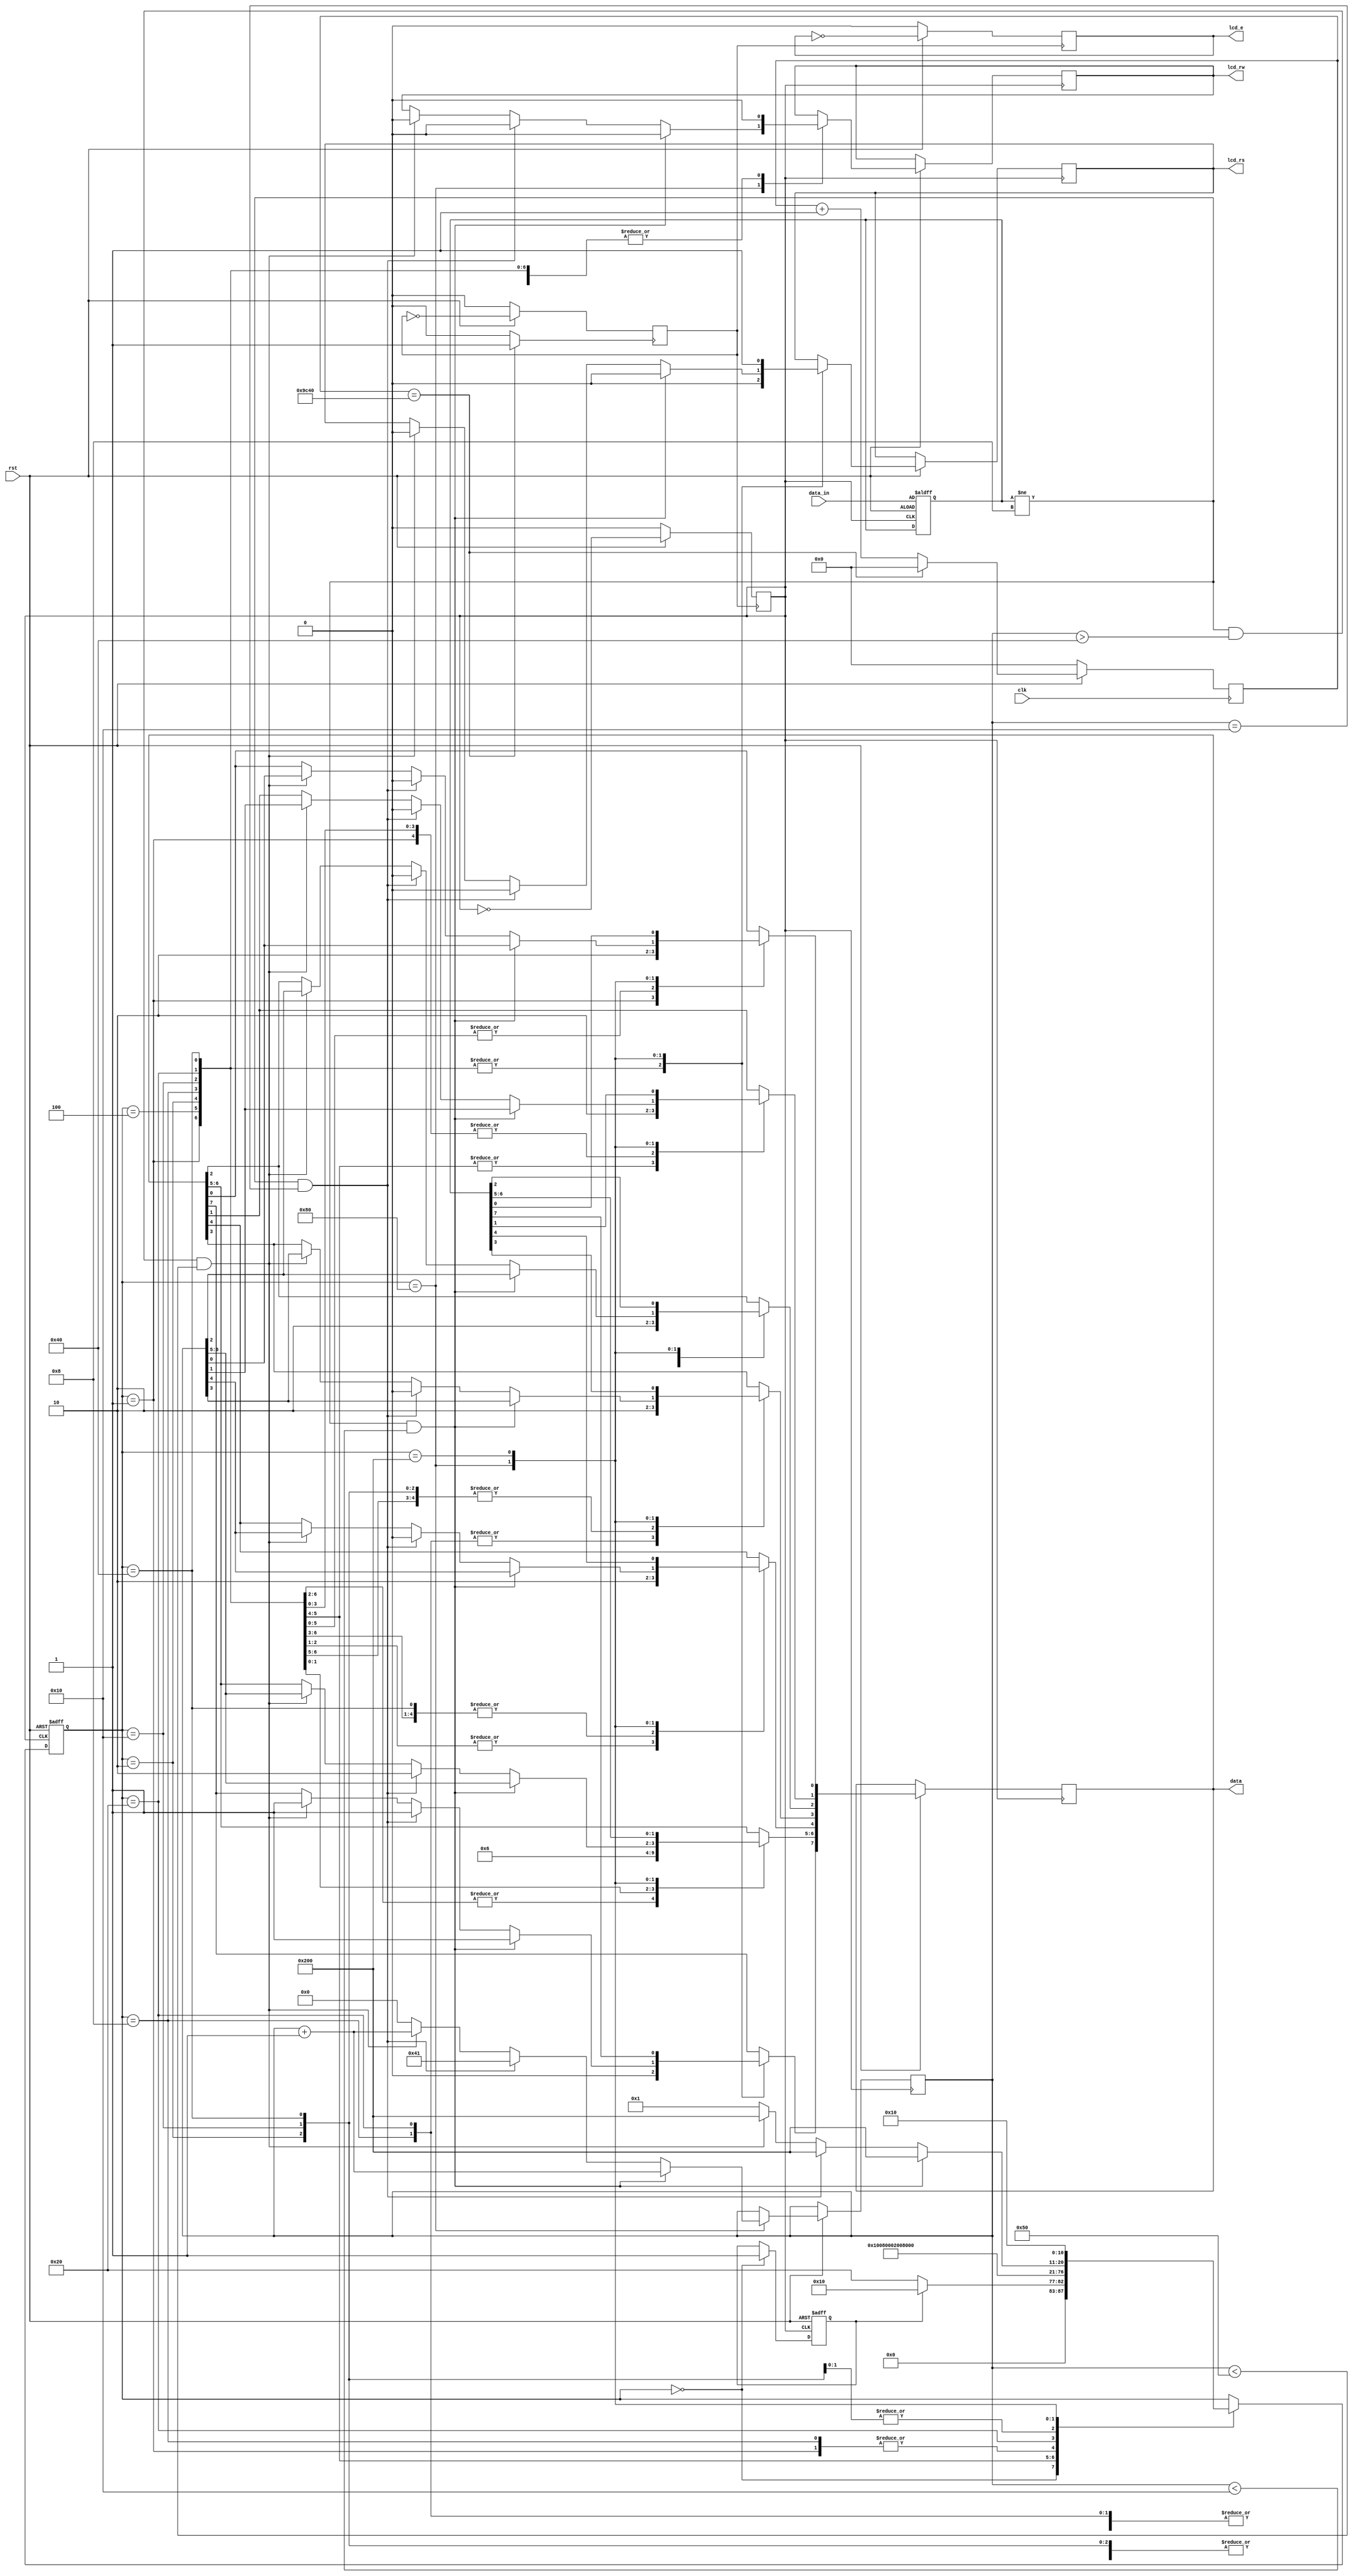
module lcd(
  clk,
  rst,
  data_in,
  lcd_e,
  lcd_rw,
  lcd_rs,
  data
);
  input clk,rst;
  input [7:0] data_in;
  output lcd_e,lcd_rw,lcd_rs;
  output [7:0] data;
  reg lcd_e,lcd_rw,lcd_rs;
  reg [7:0] data,data_in_buf;
  
  reg [10:0] state;
  reg flag;
  reg [6:0] count;
  	
  parameter IDLE          =11'b00000000000;
  parameter CLEAR         =11'b00000000001;
  parameter RETURNCURSOR  =11'b00000000010;
  parameter SETMODE       =11'b00000000100;		
  parameter SWITCHMODE    =11'b00000001000;		
  parameter SHIFT         =11'b00000010000;		
  parameter SETFUNCTION   =11'b00000100000;		
  parameter SETCGRAM      =11'b00001000000;
  parameter SETDDRAM      =11'b00010000000;
  parameter READFLAG      =11'b00100000000;
  parameter WRITERAM      =11'b01000000000;
  parameter READRAM       =11'b10000000000;
  parameter cur_inc       =1;
  parameter cur_dec       =0;
  parameter cur_shift     =1;
  parameter cur_noshift   =0;
  parameter open_display  =1;
  parameter open_cur      =0;
  parameter blank_cur     =0;
  parameter shift_display =1;
  parameter shift_cur     =0;
  parameter right_shift   =1;
  parameter left_shift    =0;
  parameter datawidth8    =1;
  parameter datawidth4    =0;
  parameter twoline       =1;
  parameter oneline       =0;
  parameter font5x10      =1;
  parameter font5x7       =0;
  
	
  reg [15:0] clkcnt;
	
  always @ (posedge clk)
    if(!rst)
      clkcnt<=16'b0000_0000_0000_0000;
    else
      begin
        if(clkcnt==16'b1001_1100_0100_0000)
          clkcnt<=16'b0000_0000_0000_0000;
        else 
          clkcnt<=clkcnt+1;
      end
  
  wire tc_clkcnt;
  assign tc_clkcnt=(clkcnt==16'b1001_1100_0100_0000)?1:0;
  
  reg clkdiv;
  always @ (posedge tc_clkcnt)
    if(!rst)
      clkdiv<=0;
    else
      clkdiv<=~clkdiv;
  
  reg clk_int;
  always @ (posedge clkdiv)
    if(rst==0)
      clk_int<=0;
    else
      clk_int<=~clk_int;
  
  always @ (negedge clkdiv)
    if(rst==0)
      lcd_e<=0;
    else
      lcd_e<=~lcd_e;
  
	
  always @ (posedge clk_int or negedge rst)
    if(!rst)
      begin
        state<=IDLE;
        flag<=0;
        data_in_buf<=data_in;
      end
    else
      begin
        case(state)
          IDLE:
            begin
              if(flag==0)
                begin
                  state<=SETFUNCTION;
                  flag<=1;
                end
              else
                state<=SHIFT;
            end
          CLEAR:
            begin 
              lcd_rs<=0;
              lcd_rw<=0;
              data<=8'b0000_0001;
              state<=SETMODE;
            end  
          SETMODE:
            begin 
              lcd_rs<=0;
              lcd_rw<=0;
              data[7:2]<=6'b000001;
              data[1]<=cur_inc;
              data[0]<=cur_noshift;
              state<=SETDDRAM;
            end
          RETURNCURSOR: 
            begin
              lcd_rs<=0;
              lcd_rw<=0;
              data<=8'b00000010;
              state<=WRITERAM;
            end
          SWITCHMODE:
            begin
              lcd_rs<=0;
              lcd_rw<=0;
              data[7:3]<=5'b00001;
              data[2]<=open_display;
              data[1]<=open_cur;
              data[0]<=blank_cur;
              state<=SETMODE;
            end
          SHIFT:
            begin 
              lcd_rs<=0;
              lcd_rw<=0;
              data[7:4]<=4'b0001;
              data[3]<=shift_cur;
              data[2]<=left_shift;
              data[1:0]<=2'b00;
              state<=IDLE;
            end
          SETFUNCTION:
            begin
              lcd_rs<=0;
              lcd_rw<=0;
              data[7:5]<=3'b001;
              data[4]<=datawidth8;
              data[3]<=twoline;
              data[2]<=font5x10;
              data[1:0]<=2'b00;
              state<=SWITCHMODE;
            end
          SETCGRAM:
            begin
              lcd_rs<=0;
              lcd_rw<=0;
              data<=8'b01000000;
              state<=IDLE;
            end
          SETDDRAM:
            begin
              if(data_in_buf!=8'b0000_1000&&count<7'b001_0000)
                begin 
                  lcd_rs<=0;
                  lcd_rw<=0;
                  data[7]<=1;
                  data[6:0]<=count;
                  count<=count+1;
                  state<=WRITERAM;
                end
              else if (data_in_buf!=8'b0000_1000&&count==7'b001_0000)
                begin 
                  lcd_rs<=0;
                  lcd_rw<=0;
                  data[7]<=1;
                  data[6:0]<=7'b100_0000;
                  count<=7'b100_0001;
                  state<=WRITERAM;
                end
              else if (data_in_buf!=8'b0000_1000&&count>7'b100_0000&&count<7'b101_0000)
                begin
                  lcd_rs<=0;
                  lcd_rw<=0;
                  data[7]<=1;
                  data[6:0]<=count;
                  count<=count+1;
                  state<=WRITERAM;
                end
              else 
                begin 
                  count<=0;
                  state<=CLEAR;
                end
            end
          WRITERAM:
            begin
              lcd_rs<=1;
              lcd_rw<=0;
              data<=data_in_buf;
              state<=SHIFT;
            end
        endcase
      end
endmodule